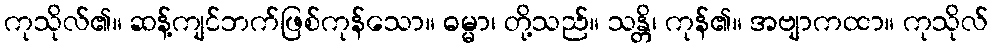
ကုသိုလ်၏။ ဆန့်ကျင်ဘက်ဖြစ်ကုန်သော။ ဓမ္မာ၊ တို့သည်။ သန္တိ၊ ကုန်၏။ အဗျာကထာ။ ကုသိုလ်